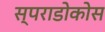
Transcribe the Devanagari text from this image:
स्पराडोकोस